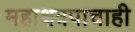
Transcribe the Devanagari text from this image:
महाक्षत्रपाचाही